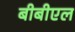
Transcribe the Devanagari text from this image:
बीबीएल